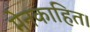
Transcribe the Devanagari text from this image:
मेनकाहित।